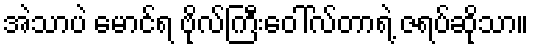
အဲသာပဲ မောင်ရ ဗိုလ်ကြီးဝေါ်လ်တာရဲ့ ဇရပ်ဆိုသာ။